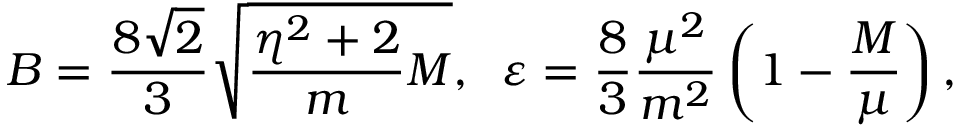
B = \frac { 8 \sqrt { 2 } } { 3 } \sqrt { \frac { \eta ^ { 2 } + 2 } { m } M } , \; \; \varepsilon = \frac { 8 } { 3 } \frac { \mu ^ { 2 } } { m ^ { 2 } } \left( 1 - \frac { M } { \mu } \right) ,